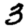
Digit: 3